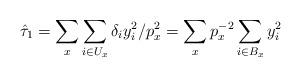
LaTeX: \begin{align*}\hat{\tau}_1 = \sum_x \sum_{i\in U_x} \delta_i y_i^2/p_x^2 = \sum_x p_x^{-2} \sum_{i\in B_x} y_i^2\end{align*}